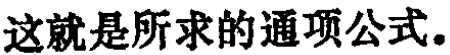
这就是所求的通项公式。